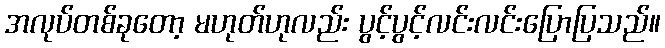
အလုပ်တစ်ခုတော့ မဟုတ်ဟုလည်း ပွင့်ပွင့်လင်းလင်းပြောပြသည်။